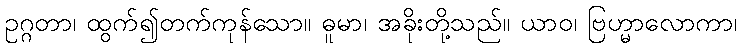
ဥဂ္ဂတာ၊ ထွက်၍တက်ကုန်သော။ ဓူမာ၊ အခိုးတို့သည်။ ယာဝ၊ ဗြဟ္မာလောကာ၊